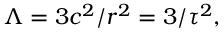
\Lambda = 3 c ^ { 2 } / r ^ { 2 } = 3 / \tau ^ { 2 } ,